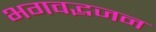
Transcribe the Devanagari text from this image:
भगवद्भजन